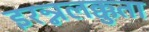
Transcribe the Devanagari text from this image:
इरन्नलक्कुता